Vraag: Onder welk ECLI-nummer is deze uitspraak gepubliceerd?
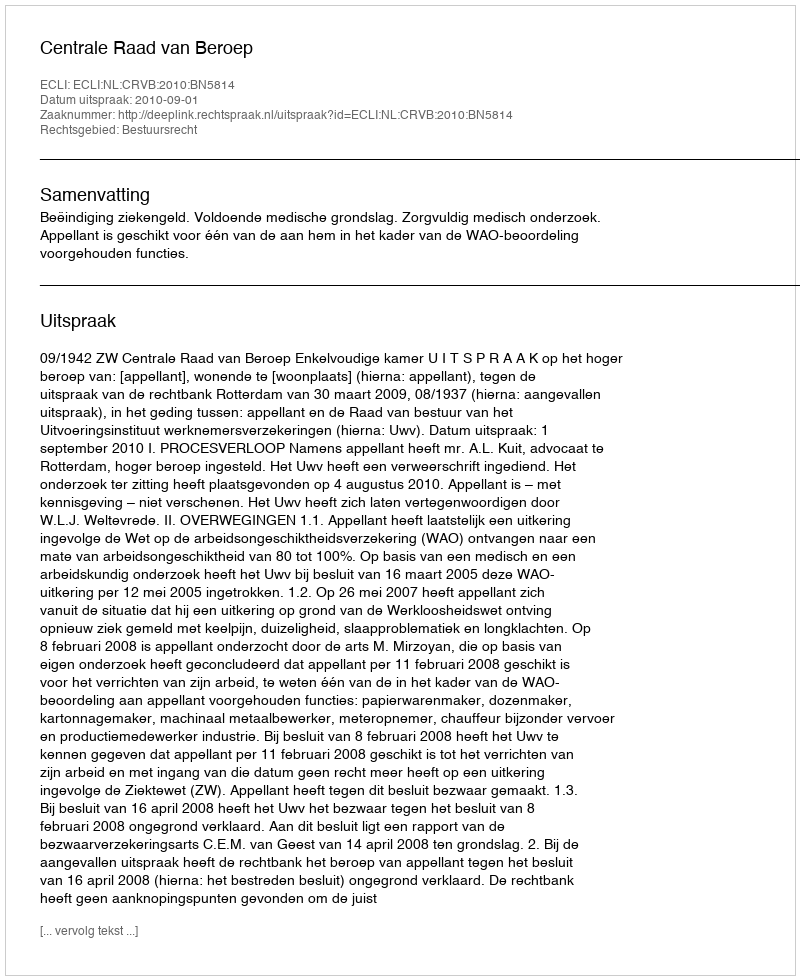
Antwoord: ECLI:NL:CRVB:2010:BN5814